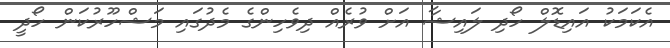
އެކަމަކު އައިޑޮލް ހޯދި ލައިޝާ އަށް ވުރެއް ދިވެހިންގެ މެދުގައި މަޝްހޫރުކަން ހޯދީ